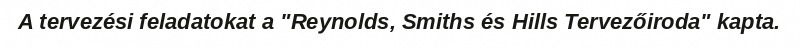
A tervezési feladatokat a "Reynolds, Smiths és Hills Tervezőiroda" kapta.